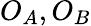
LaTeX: O_{A},O_{B}